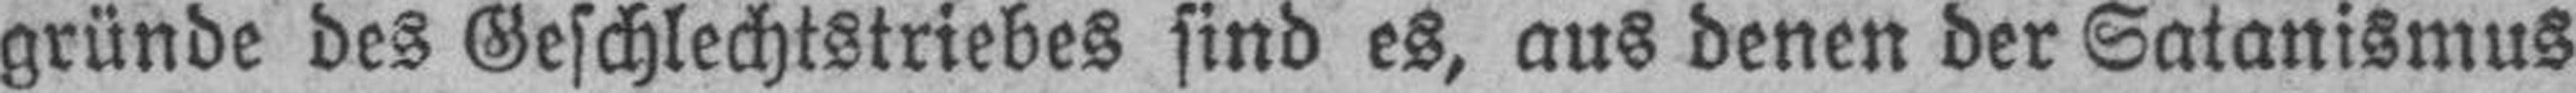
gründe des Geschlechtstriebes sind es, aus denen der Satanismus